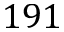
1 9 1